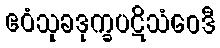
ဧဝံသုခဒုက္ခပဋိသံဝေဒီ